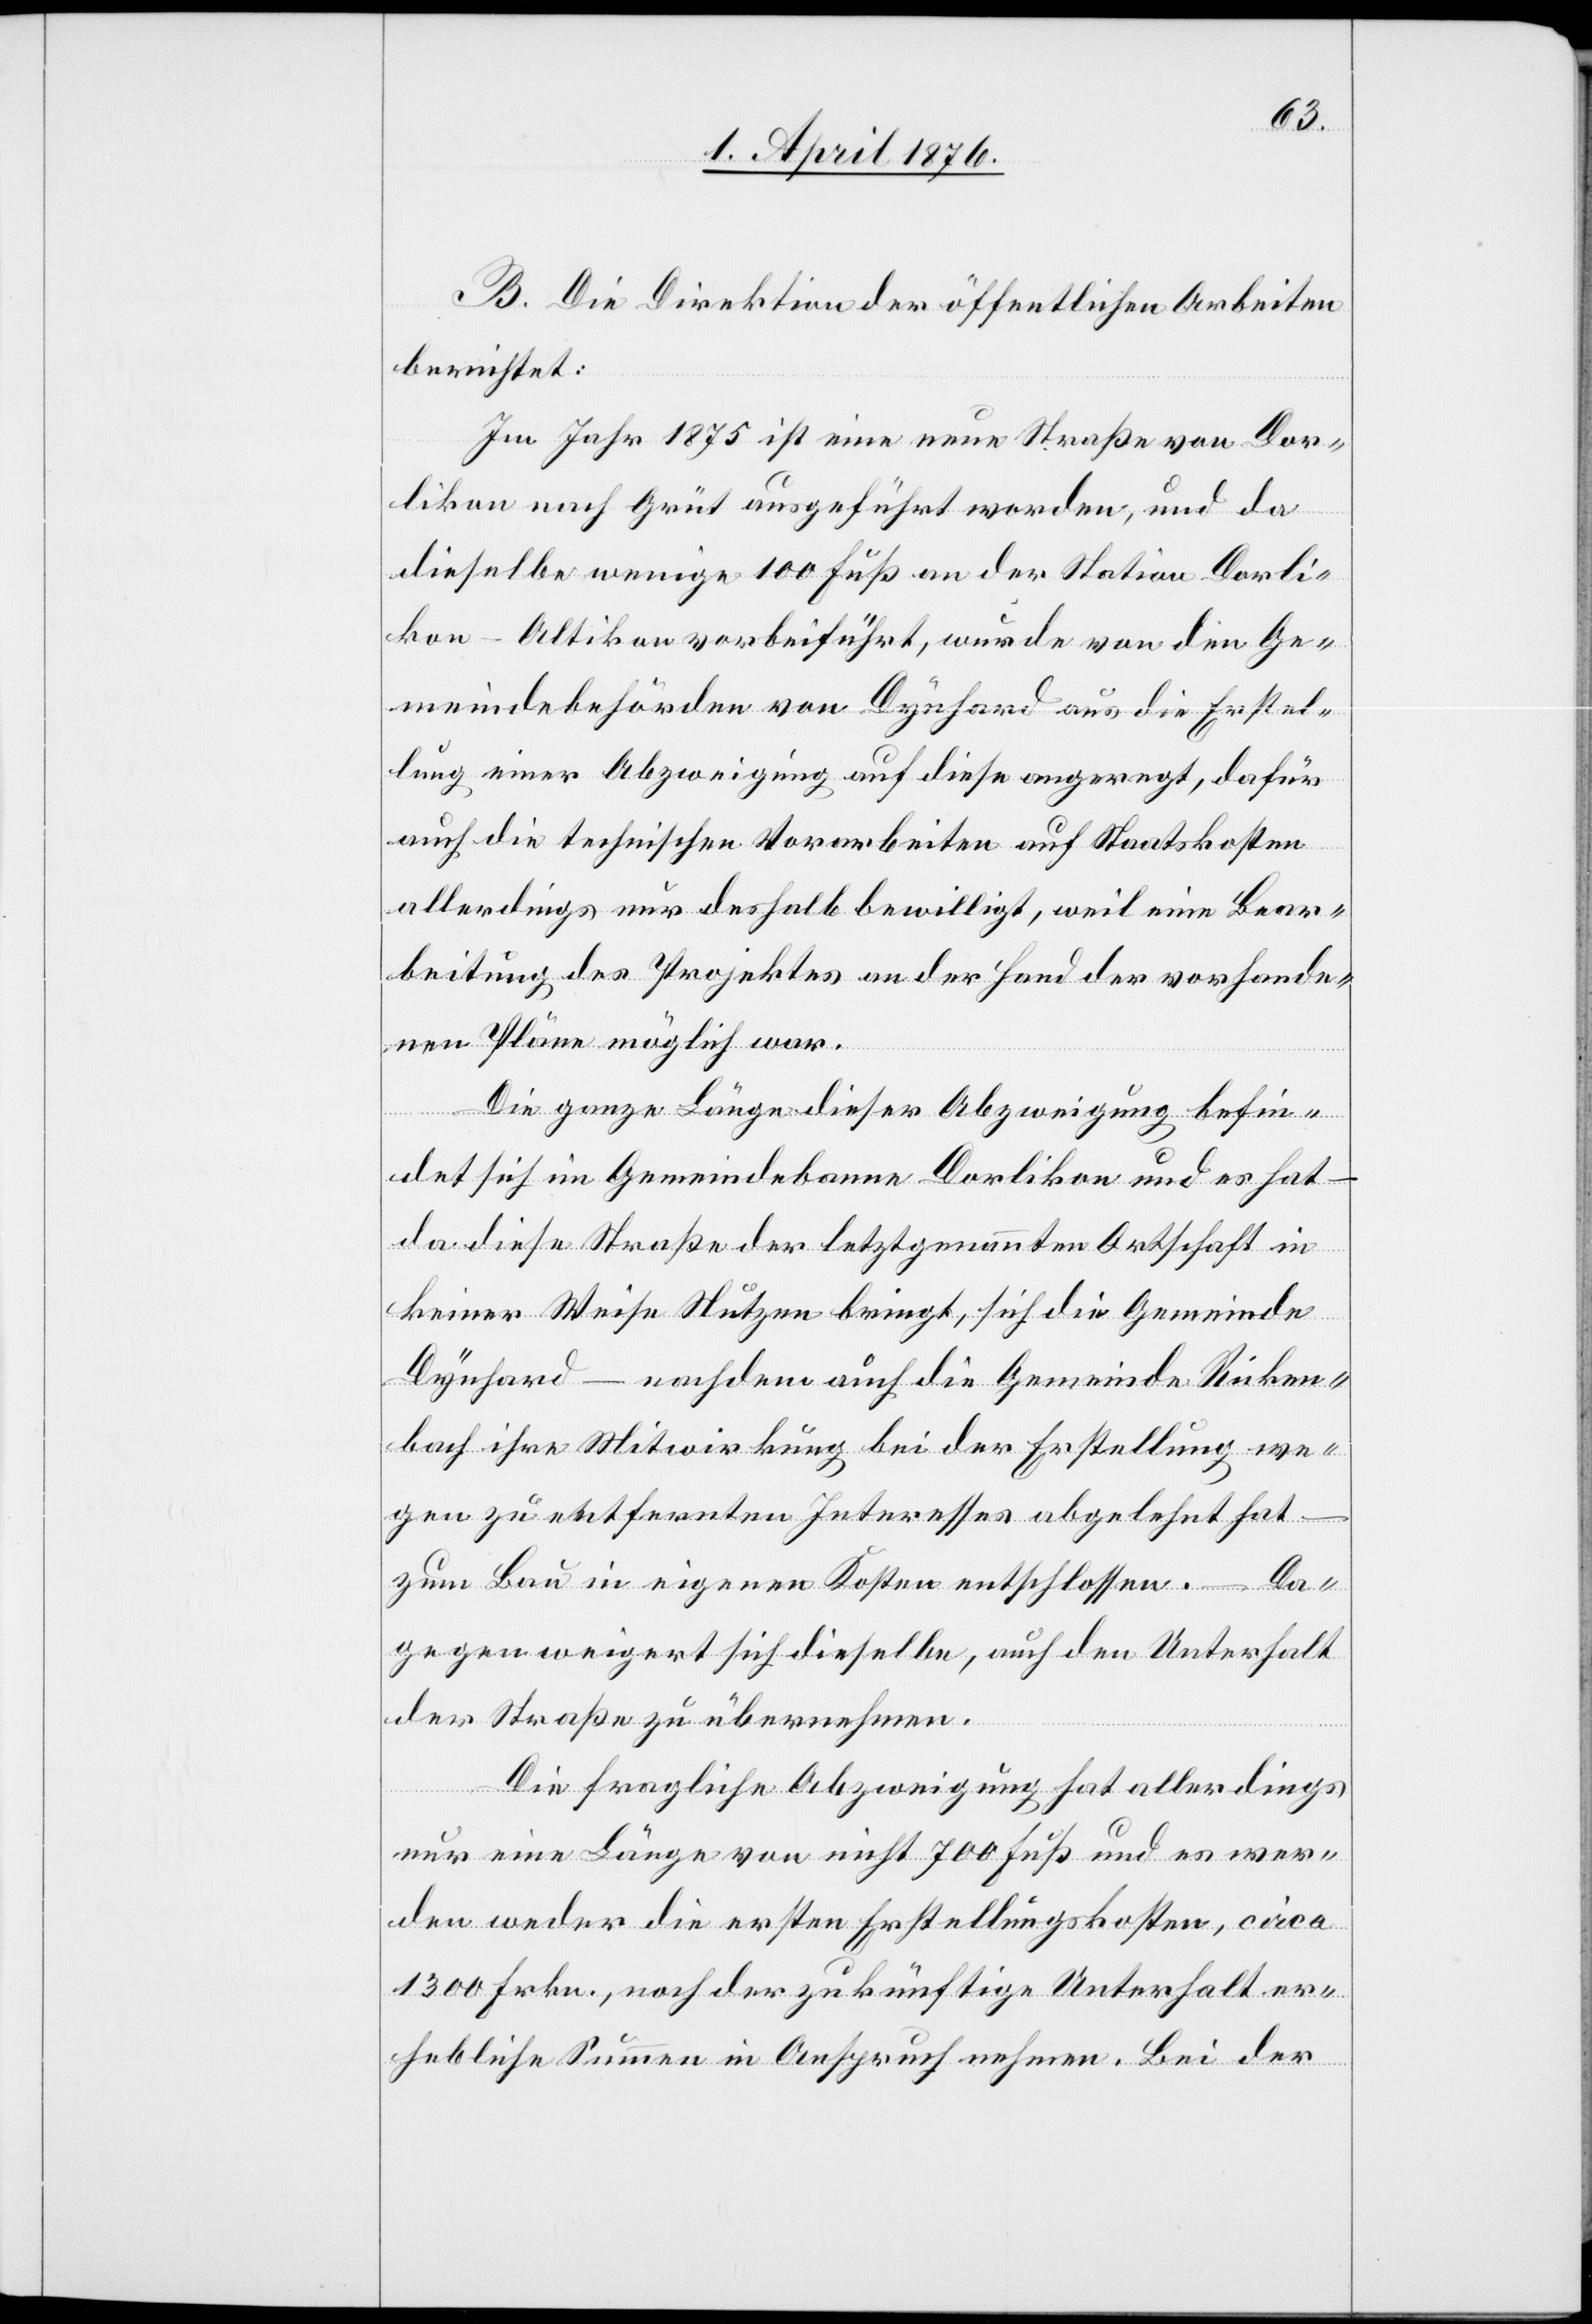
B. Die Direktion der öffentlichen Arbeiten
berichtet:
Im Jahr 1875 ist eine neue Straße von Dor¬
likon nach Grüt ausgeführt worden, und da
dieselbe wenige 100 Fuß an der Station Dorli¬
kon–Altikon vorbeiführt, wurde von den Ge¬
meindebehörden von Dynhard aus die Erstel¬
lung einer Abzweigung auf diese angeregt, dafür
auch die technischen Vorarbeiten auf Staatskosten
allerdings nur deshalb bewilligt, weil eine Bear¬
beitung des Projektes an der Hand der vorhande¬
nen Pläne möglich war.
Die ganze Länge dieser Abzweigung befin¬
det sich im Gemeindebanne Dorlikon und es hat
da diese Straße der letztgenannten Ortschaft in
keiner Weise Nutzen bringt, sich die Gemeinde
Dynhard – nachdem auch die Gemeinde Ricken¬
bach ihre Mitwirkung bei der Erstellung we¬
gen zu entfernten Interesses abgelehnt hat
zum Bau in eigenen Kosten entschlossen. – Da¬
gegen weigert sich dieselbe, auch den Unterhalt
der Straße zu übernehmen.
Die fragliche Abzweigung hat allerdings
nur eine Länge von nicht 700 Fuß und es wer¬
den weder die ersten Erstellungskosten, circa
1300 Frkn., noch der zukünftige Unterhalt er¬
hebliche Summen in Anspruch nehmen. Bei der